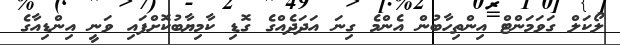
ލޯކަލް ގަވަމަންޓް އިންތިހާބުން އެންމެ ގިނަ އަދަދެއްގެ ގޮޑި ކާމިޔާބުކޮށްފައި ވަނީ އިންޑިއާގެ